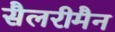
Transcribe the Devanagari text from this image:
सैलरीमैन